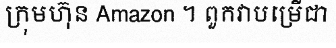
ក្រុមហ៊ុន Amazon ។ ពួកវាបម្រើជា